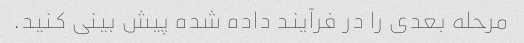
مرحله بعدی را در فرآیند داده شده پیش بینی کنید.